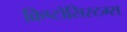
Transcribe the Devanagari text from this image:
क्रिप्टोसिस्टम्स